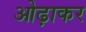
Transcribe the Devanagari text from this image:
ओढ़ाकर